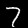
Label: 7